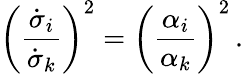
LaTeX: \left(\frac{\dot{\sigma}_{i}}{\dot{\sigma}_{k}}\right)^{2}=\left(\frac{\alpha_{i}}{\alpha_{k}}\right)^{2}\, .